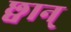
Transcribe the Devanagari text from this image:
छ्वान्